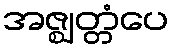
အဇ္ဈတ္တံပေ